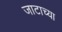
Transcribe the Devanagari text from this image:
जाटाच्या